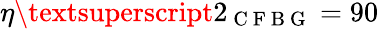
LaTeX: \eta\textsuperscript{2}_{\mathrm{~C~F~B~G~}}=90\